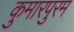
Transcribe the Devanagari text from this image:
कुमारपुरम